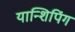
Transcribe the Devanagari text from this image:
यान्शिपिंग